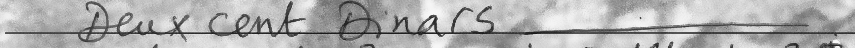
Deux cent Dinars